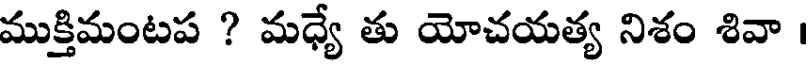
ముక్తిమంటప ? మధ్యే తు యోచయత్య నిశం శివా